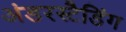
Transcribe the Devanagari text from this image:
अंडरस्टैडिंग